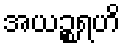
အယဉ္စရဟိ